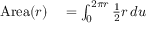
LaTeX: \begin{array} { r l } { \mathrm { A r e a } ( r ) } & { { } { } = \int _ { 0 } ^ { 2 \pi r } { \frac { 1 } { 2 } } r \, d u } \end{array}